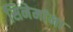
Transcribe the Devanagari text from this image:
सिनेमांना